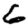
Digit: 6